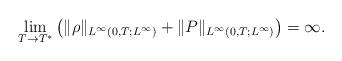
LaTeX: \begin{align*}\lim_{T\rightarrow T^{*}}\left(\|\rho\|_{L^{\infty}(0,T;L^\infty)}+\|P\|_{L^{\infty}(0,T;L^\infty)}\right)=\infty.\end{align*}